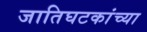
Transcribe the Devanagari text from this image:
जातिघटकांच्या